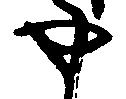
や